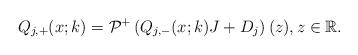
LaTeX: \begin{align*}Q_{j,+}(x;k)=\mathcal{P}^{+}\left(Q_{j,-}(x;k)J +D_j \right)(z), z \in \mathbb{R}.\end{align*}